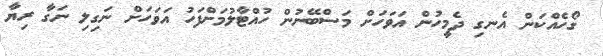
ގޯހެއްކަން އެނގި ދެމީހުން އަވަހަށް މަސްބޭނުން ހުއްޓާލުމަށްފަހު އަވަހަށް ނަގިލި ނަގާ ރިޔާ